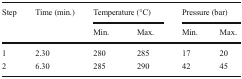
<table><thead><tr><td rowspan="2"><b>Step</b></td><td rowspan="2"><b>Time (min.)</b></td><td colspan="2"><b>Temperature (°C)</b></td><td colspan="2"><b>Pressure (bar)</b></td></tr><tr><td><b>Min.</b></td><td><b>Max.</b></td><td><b>Min.</b></td><td><b>Max.</b></td></tr></thead><tbody><tr><td>1</td><td>2.30</td><td>280</td><td>285</td><td>17</td><td>20</td></tr><tr><td>2</td><td>6.30</td><td>285</td><td>290</td><td>42</td><td>45</td></tr></tbody></table>